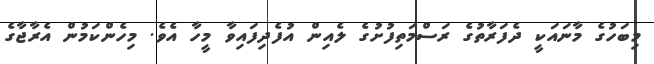
މިބަހުގެ މާނައަކީ ދެފަރާތުގެ ރަސްމަތިފުށުގެ ލެއިން އުފެދިފައިވާ މީހާ އެވެ. މިހެންކަމުން އެރާޖާގެ